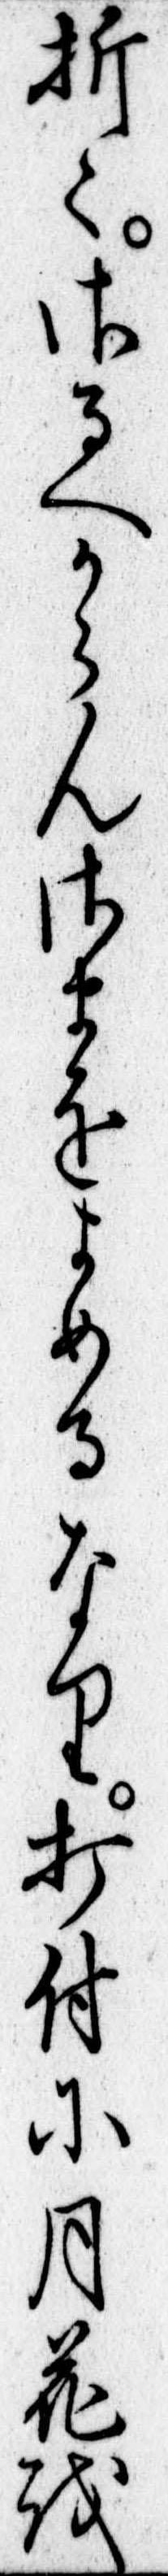
折さるへからんさまをよめるなり打付に月花を